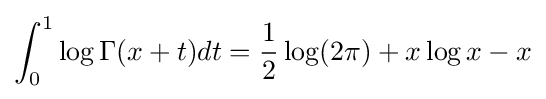
\int _{0}^{1}\log \Gamma (x+t)dt={\frac {1}{2}}\log(2\pi )+x\log x-x